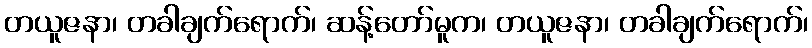
တယူဇနာ၊ တခါချက်ရောက်၊ ဆန့်တော်မူက၊ တယူဇနာ၊ တခါချက်ရောက်၊